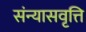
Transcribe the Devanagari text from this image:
संन्यासवृत्ति